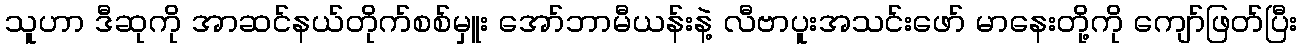
သူဟာ ဒီဆုကို အာဆင်နယ်တိုက်စစ်မှူး အော်ဘာမီယန်းနဲ့ လီဗာပူးအသင်းဖော် မာနေးတို့ကို ကျော်ဖြတ်ပြီး